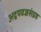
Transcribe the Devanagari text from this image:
अद्वयवज्रसंग्रह